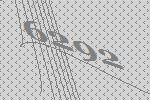
6292